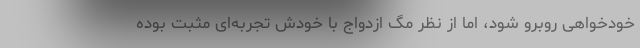
خودخواهی روبرو شود، اما از نظر مگ ازدواج با خودش تجربه‌ای مثبت بوده